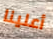
أعلينا